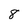
Character: 8